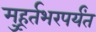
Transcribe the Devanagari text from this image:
मुहूर्तभरपर्यंत